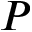
P